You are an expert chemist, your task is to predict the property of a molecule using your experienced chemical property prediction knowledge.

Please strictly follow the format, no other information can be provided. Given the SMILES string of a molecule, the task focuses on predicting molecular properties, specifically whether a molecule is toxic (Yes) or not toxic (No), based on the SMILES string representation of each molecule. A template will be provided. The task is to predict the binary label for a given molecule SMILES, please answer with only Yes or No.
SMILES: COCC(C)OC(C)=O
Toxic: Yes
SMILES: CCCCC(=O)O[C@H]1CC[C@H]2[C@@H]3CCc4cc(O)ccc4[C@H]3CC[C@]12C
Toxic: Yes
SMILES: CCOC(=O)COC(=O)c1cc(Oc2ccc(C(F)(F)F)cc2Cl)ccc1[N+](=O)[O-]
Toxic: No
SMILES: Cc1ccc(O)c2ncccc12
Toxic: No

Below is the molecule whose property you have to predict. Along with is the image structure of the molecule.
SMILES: Oc1c(I)cc(I)c2cccnc12
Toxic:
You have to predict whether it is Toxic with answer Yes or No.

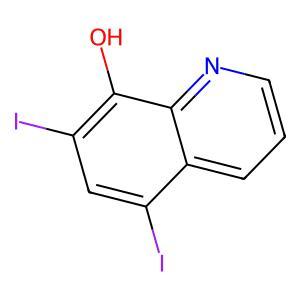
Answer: No